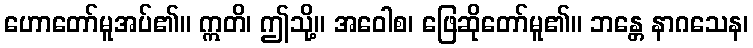
ဟောတော်မူအပ်၏။ ဣတိ၊ ဤသို့။ အဝေါစ၊ ဖြေဆိုတော်မူ၏။ ဘန္တေ နာဂသေန၊